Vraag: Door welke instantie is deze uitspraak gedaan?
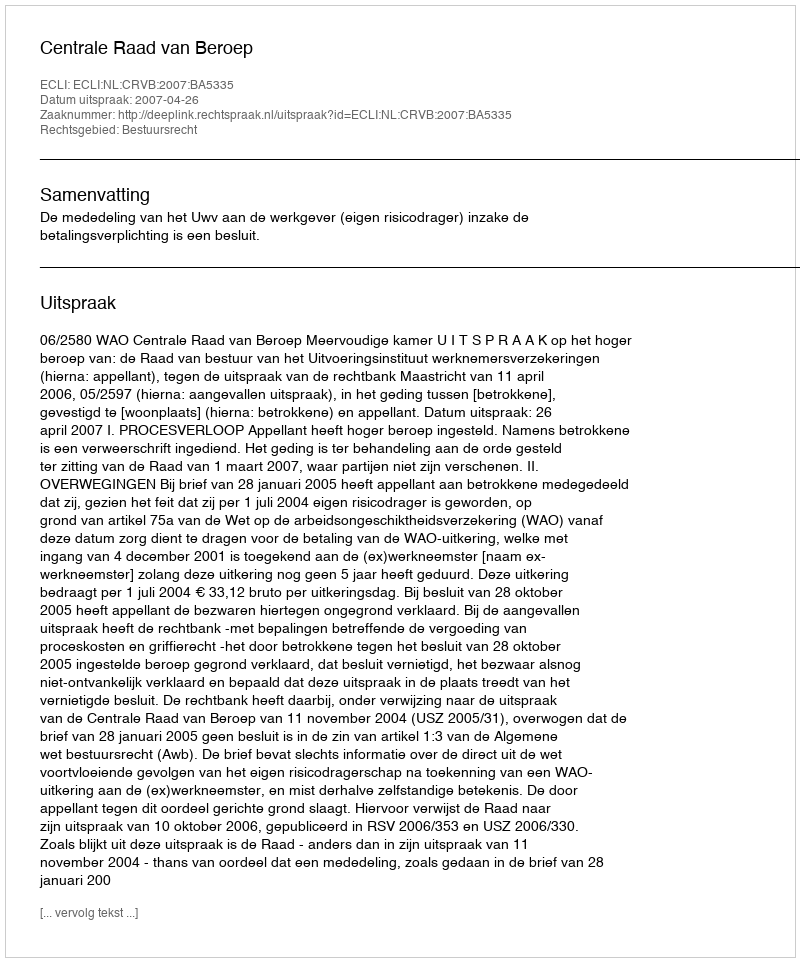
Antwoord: Centrale Raad van Beroep